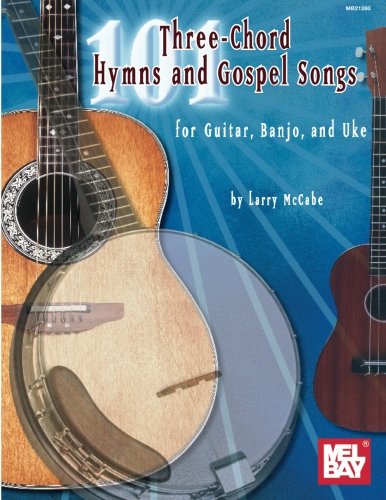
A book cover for Mel Bay presents 101 Three Chord Songs for Hymns & Gospel For Guitar, Banjo & Uke (McCabe's 101); Larry McCabe; Christian Books & Bibles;